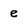
Character: e